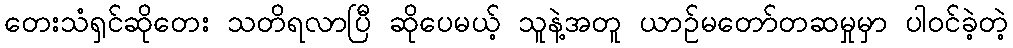
တေးသံရှင်ဆိုတေး သတိရလာပြီ ဆိုပေမယ့် သူနဲ့အတူ ယာဉ်မတော်တဆမှုမှာ ပါဝင်ခဲ့တဲ့